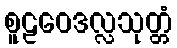
စူဠဝေဒလ္လသုတ္တံ